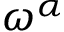
\omega ^ { \alpha }